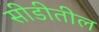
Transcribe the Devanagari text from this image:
सीडीतील